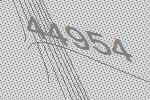
44954